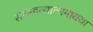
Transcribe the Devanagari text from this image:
सम्भवत्यात्ममायया